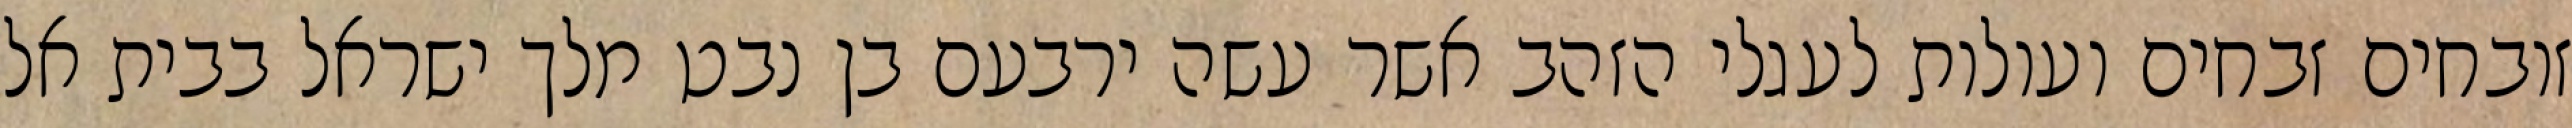
זובחים זבחים ועולות לעגלי הזהב אשר עשה ירבעם בן נבט מלך ישראל בבית אל